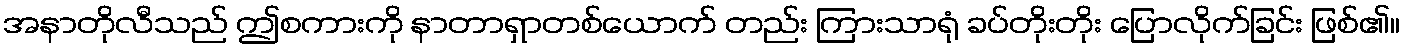
အနာတိုလီသည် ဤစကားကို နာတာရှာတစ်ယောက် တည်း ကြားသာရုံ ခပ်တိုးတိုး ပြောလိုက်ခြင်း ဖြစ်၏။